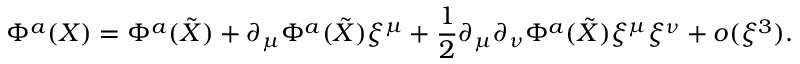
\Phi ^ { a } ( X ) = \Phi ^ { a } ( \tilde { X } ) + \partial _ { \mu } \Phi ^ { a } ( \tilde { X } ) \xi ^ { \mu } + \frac { 1 } { 2 } \partial _ { \mu } \partial _ { \nu } \Phi ^ { a } ( \tilde { X } ) \xi ^ { \mu } \xi ^ { \nu } + o ( \xi ^ { 3 } ) .